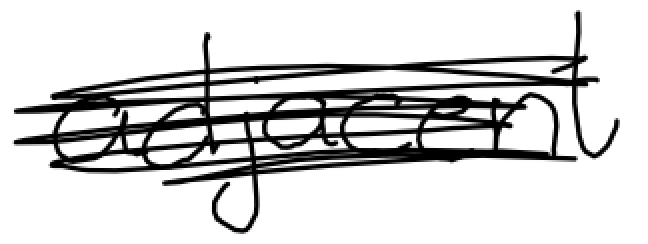
Text: adjacent
Cross-out: scratch
Writing tool: digital_black